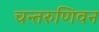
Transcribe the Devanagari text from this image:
चन्तरुणिवन